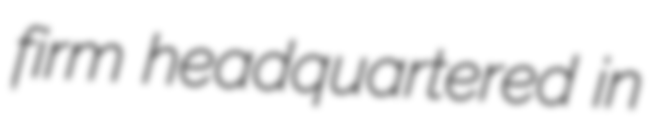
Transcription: firm headquartered in